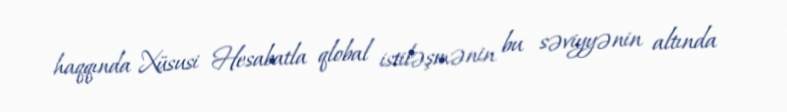
haqqında Xüsusi Hesabatla qlobal istiləşmənin bu səviyyənin altında